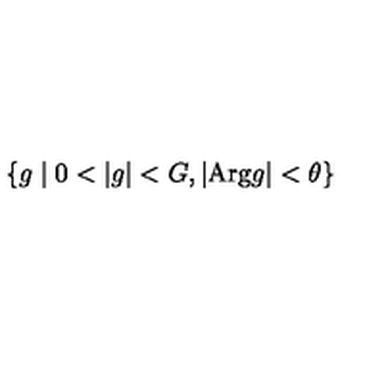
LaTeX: \left\{ g \mid 0 < | g | < G , | \mathrm { A r g } g | < \theta \right\}